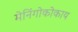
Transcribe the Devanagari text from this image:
मेनिंगोकोकाय